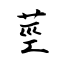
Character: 莖